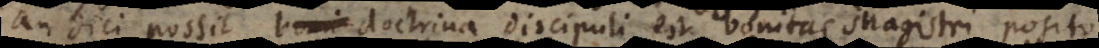
an dici possit boni doctrina discipuli est bonitas Magistri, posito